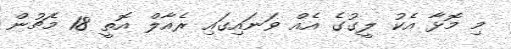
މި މޮޅާ އެކު ލީގުގެ އެއް ވަނައިގައި ރެއާލް އޮތީ 18 މެޗުން